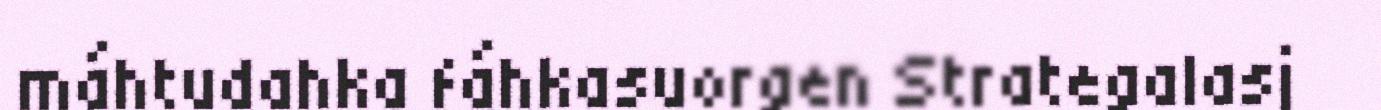
máhtudahka fáhkasuorgen Strategalasj